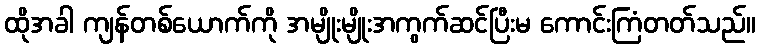
ထိုအခါ ကျန်တစ်ယောက်ကို အမျိုးမျိုးအကွက်ဆင်ပြီးမ ကောင်းကြံတတ်သည်။